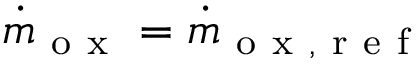
\Dot { m } _ { \mathrm { ~ o ~ x ~ } } = \Dot { m } _ { \mathrm { ~ o ~ x ~ , ~ r ~ e ~ f ~ } }